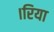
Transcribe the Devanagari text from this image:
।रिया